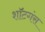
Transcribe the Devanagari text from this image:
शॉटगंस